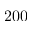
2 0 0